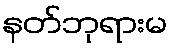
နတ်ဘုရားမ